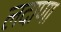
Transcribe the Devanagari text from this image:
लदाणा